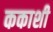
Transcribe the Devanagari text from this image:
ककाशी